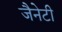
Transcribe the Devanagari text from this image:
जैनेटी